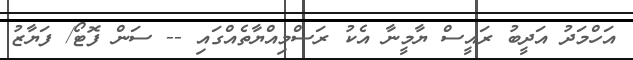
އަހްމަދު އަދީބު ރައީސް ޔާމީނާ އެކު ރަސްމިއްޔާތެއްގައި -- ސަން ފޮޓޯ/ ފަޔާޒު